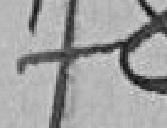
178